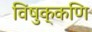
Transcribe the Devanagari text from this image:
विषुक्कणि